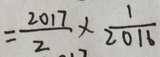
= \frac { 2 0 1 7 } { 2 } \times \frac { 1 } { 2 0 1 6 }